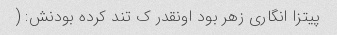
پیتزا انگاری زهر بود اونقدر ک تند کرده بودنش: (